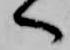
へ